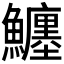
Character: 𩼼